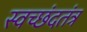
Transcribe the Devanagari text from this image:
स्वच्छंदतंत्र